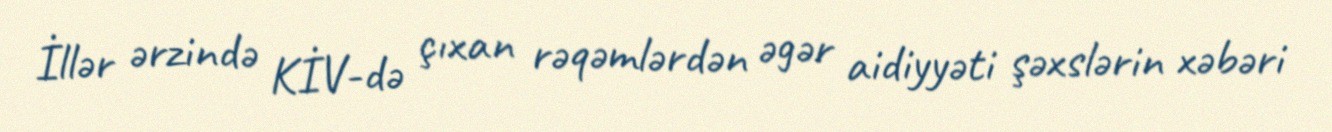
İllər ərzində KİV-də çıxan rəqəmlərdən əgər aidiyyəti şəxslərin xəbəri